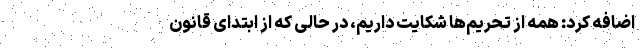
اضافه کرد: همه از تحریم‌ها شکایت داریم، در حالی که از ابتدای قانون